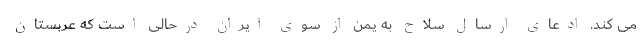
می کند. ادعای ارسال سلاح به یمن از سوی ایران درحالی است که عربستان